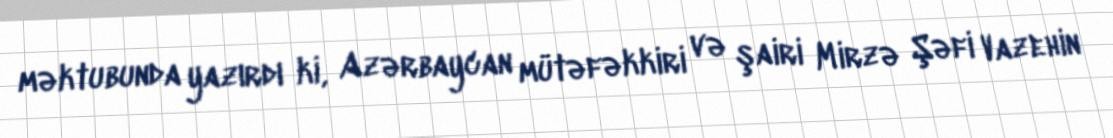
məktubunda yazırdı ki, Azərbaycan mütəfəkkiri və şairi Mirzə Şəfi Vazehin